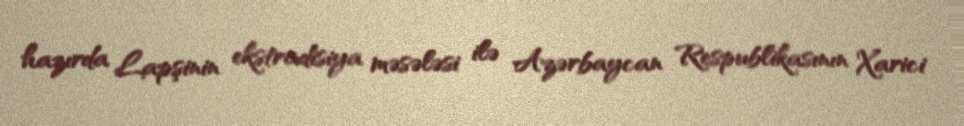
hazırda Lapşinin ekstradisiya məsələsi ilə Azərbaycan Respublikasının Xarici